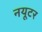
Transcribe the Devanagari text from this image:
नयूटर